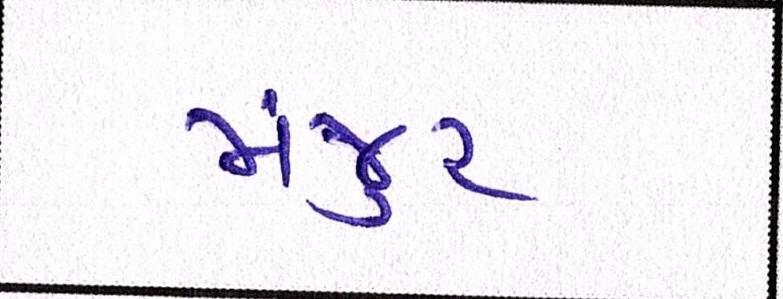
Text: મંજુર